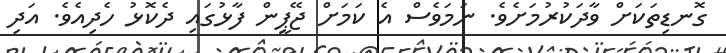
ގޮނޑިތަކަށް ވާދަކުރުމަށެވެ. ނަމަވެސް އެ ކަމަށް ޖޭޕީން ފާޅުގައި ދެކޮޅު ހެދިއެވެ. އަދި